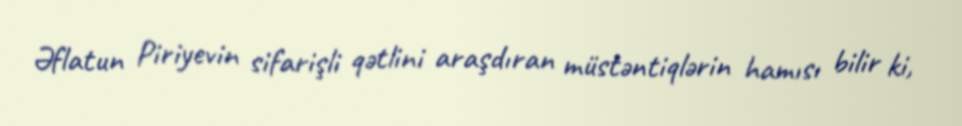
Əflatun Piriyevin sifarişli qətlini araşdıran müstəntiqlərin hamısı bilir ki,